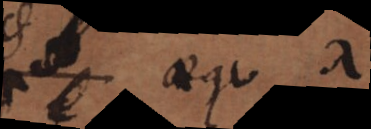
aequ. 1